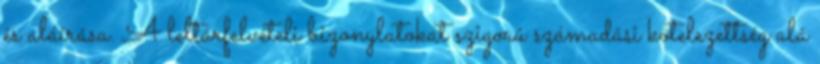
és aláírása. A leltárfelvételi bizonylatokat szigorú számadási kötelezettség alá